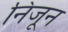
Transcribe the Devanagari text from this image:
निजून